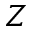
Z